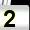
Digit: 2